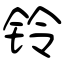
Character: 铃